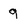
Character: 9